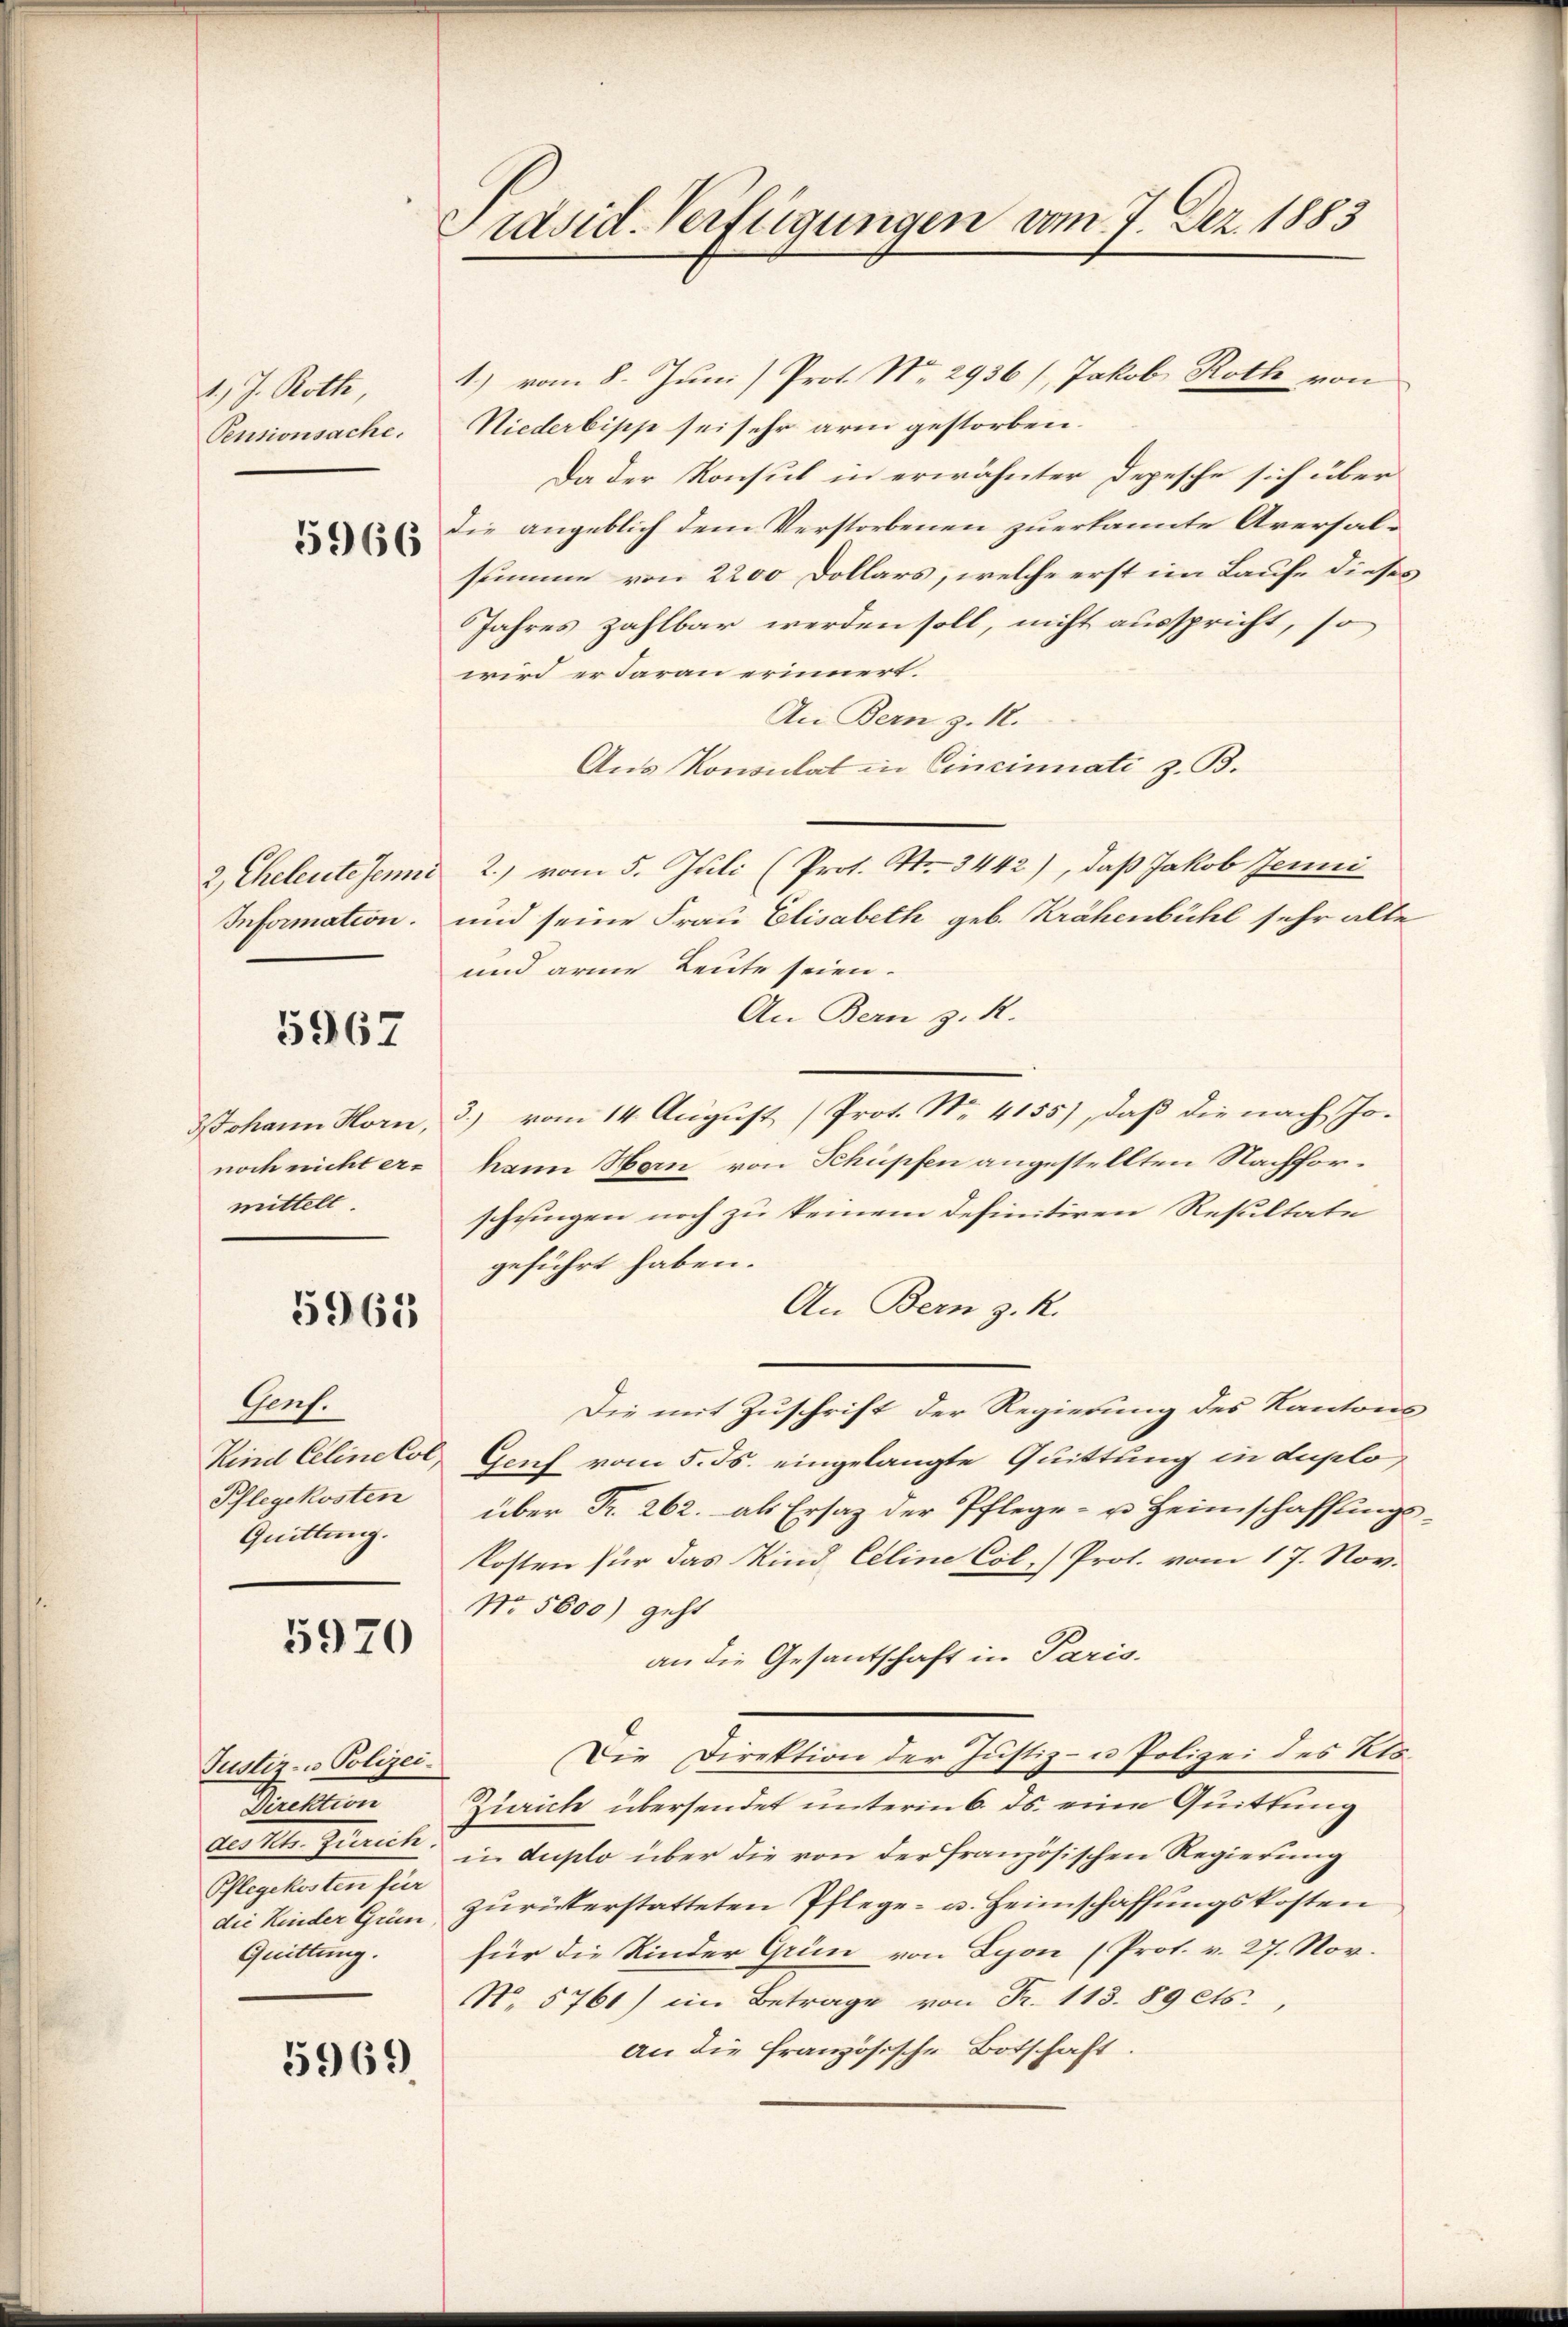
1.) J. Roth
Pensionsache.

5966

2, Eheleute Jenni
Information.

5967

JJohann Horn.
noch nicht ermittell

5962

Genf.
Kind Celinekol,
Pflegekosten
Quittung.

5970

Justiz- & Polizei.
Billen
Cetter Zürich
Pflegekosten für
die Kinder Grün
Quittung.

5969

Präsid. Verfügungen vom 7. Dez. 1883

1) vom 8. Juni Prot. No. 2936/ Jakob Roth von
Niederbipp sei sehr arm gestorben.
Da der Konsul in erwähnter Depesche sich über
die angeblich dem Verstorbenen zuerkannte Aversal-
summe von 2200 Dollars, welche erst im Laufe dieses
Jahres zahlbar werden soll, nicht ausspricht, so
wird er daran erinnert.
An Bern z. 18.
Aus Konsulat in Cincinnati z. B.
2.) vom 5. Juli (Prot. No. 3442), daß Jakob Jenni
und seine Frau Elisabeth geb. Krähenbühl sehr alte
und arme Leute seien.
An Bern z. R.
3) vom 14. August (Prot. No. 4155), daß die nach Jo-
kann Horn von Schüpfen angestellten Nachforscheingen noch zu keinem definitiren Resultate
geführt haben.
An Bern z. R.
Die mit Zuschrift der Regierung des Kantons
Genf vom 5. Js. eingelangte Quittung in duplo,
über Fr. 262. als Ersatz der Pflege- u. Heimschaffungs-
kosten für das Kind Celine Col, Prot. vom 17. Nov.
No 5600) geht
an die Gesantschaft in Paris.
Die Direktion der Justiz- u Polizei des Kts¬
Zürich übersendet unterm 6. ds. eine Quittung
in duplo über die von der französischen Regierung
zurückerstatteten Pflege- u. Heimschaffungskosten
für die Kinder Grün von Lyon (Prot. v. 27. Nov.
No. 5761) im Betrage von Fr. 113. 89 cts.,
an die französische Botschaft.